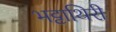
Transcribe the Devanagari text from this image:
भट्टाथिरी